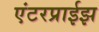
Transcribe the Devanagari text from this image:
एंटरप्राईझ